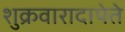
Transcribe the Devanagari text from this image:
शुक्रवारादापेते